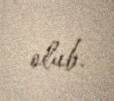
olub.